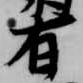
有